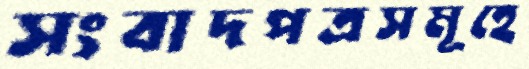
সংবাদপত্রসমূহে